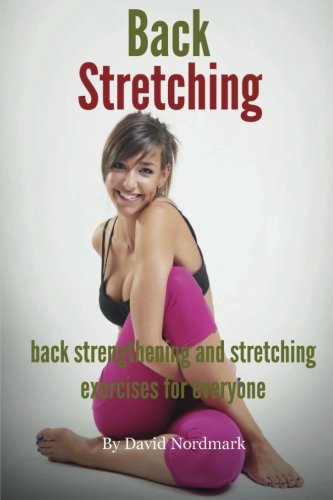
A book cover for Back Stretching - Back Strengthening And Stretching Exercises For Everyone; David Nordmark; Health, Fitness & Dieting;